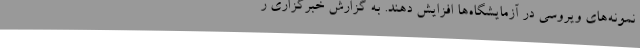
نمونه‌های ویروسی در آزمایشگاه‌ها افزایش دهند. به گزارش خبرگزاری ر